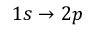
{ 1 s \to 2 p }